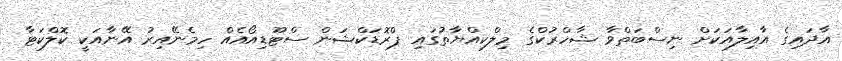
އާދައިގެ އާއިލާއަކަށް ނިސްބަތްވާ ޝާހްރުކްގެ މިލްކިއްޔާތުގައި ޕްރޮޑަކްޝަން ސްޓޫޑިއޯއެއް ހިމެނޭއިރު އޭނާއަކީ ކޮލްކަޓާ